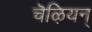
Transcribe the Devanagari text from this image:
चॆऴियन्